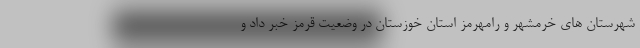
شهرستان های خرمشهر و رامهرمز استان خوزستان در وضعیت قرمز خبر داد و